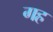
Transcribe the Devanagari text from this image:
गह